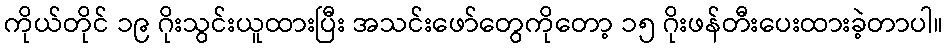
ကိုယ်တိုင် ၁၉ ဂိုးသွင်းယူထားပြီး အသင်းဖော်တွေကိုတော့ ၁၅ ဂိုးဖန်တီးပေးထားခဲ့တာပါ။